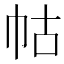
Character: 𭘖